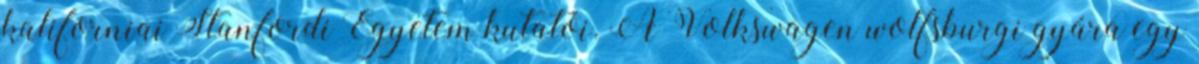
kaliforniai Stanfordi Egyetem kutatói. A Volkswagen wolfsburgi gyára egy